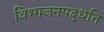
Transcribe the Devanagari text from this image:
विभाजनपद्धति